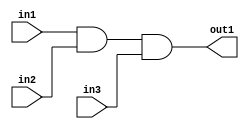
module simple (in1, in2, in3, out1);

input in1;
input in2;
input in3;

output out1;

assign out1 = in1 && in2 && in3;

endmodule